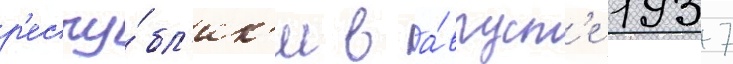
р'еспу́бл'ик'и в а́вгуст'е 1937